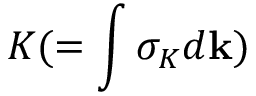
K ( = \int \sigma _ { K } d { \bf { k } } )